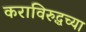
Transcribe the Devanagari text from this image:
कराविरुद्धच्या